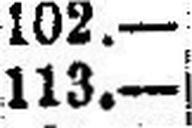
113.—